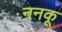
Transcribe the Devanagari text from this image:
ननकू